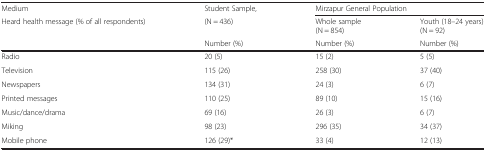
<table><thead><tr><td><b>Medium</b></td><td><b>Student Sample,</b></td><td colspan="2"><b>Mirzapur General Population</b></td></tr><tr><td><b>Heard health message (% of all respondents)</b></td><td><b>(N = 436)</b></td><td><b>Whole sample (N = 854)</b></td><td><b>Youth (18–24 years)(N = 92)</b></td></tr><tr><td></td><td><b>Number (%)</b></td><td><b>Number (%)</b></td><td><b>Number (%)</b></td></tr></thead><tbody><tr><td>Radio</td><td>20 (5)</td><td>15 (2)</td><td>5 (5)</td></tr><tr><td>Television</td><td>115 (26)</td><td>258 (30)</td><td>37 (40)</td></tr><tr><td>Newspapers</td><td>134 (31)</td><td>24 (3)</td><td>6 (7)</td></tr><tr><td>Printed messages</td><td>110 (25)</td><td>89 (10)</td><td>15 (16)</td></tr><tr><td>Music/dance/drama</td><td>69 (16)</td><td>26 (3)</td><td>6 (7)</td></tr><tr><td>Miking</td><td>98 (23)</td><td>296 (35)</td><td>34 (37)</td></tr><tr><td>Mobile phone</td><td>126 (29)*</td><td>33 (4)</td><td>12 (13)</td></tr></tbody></table>